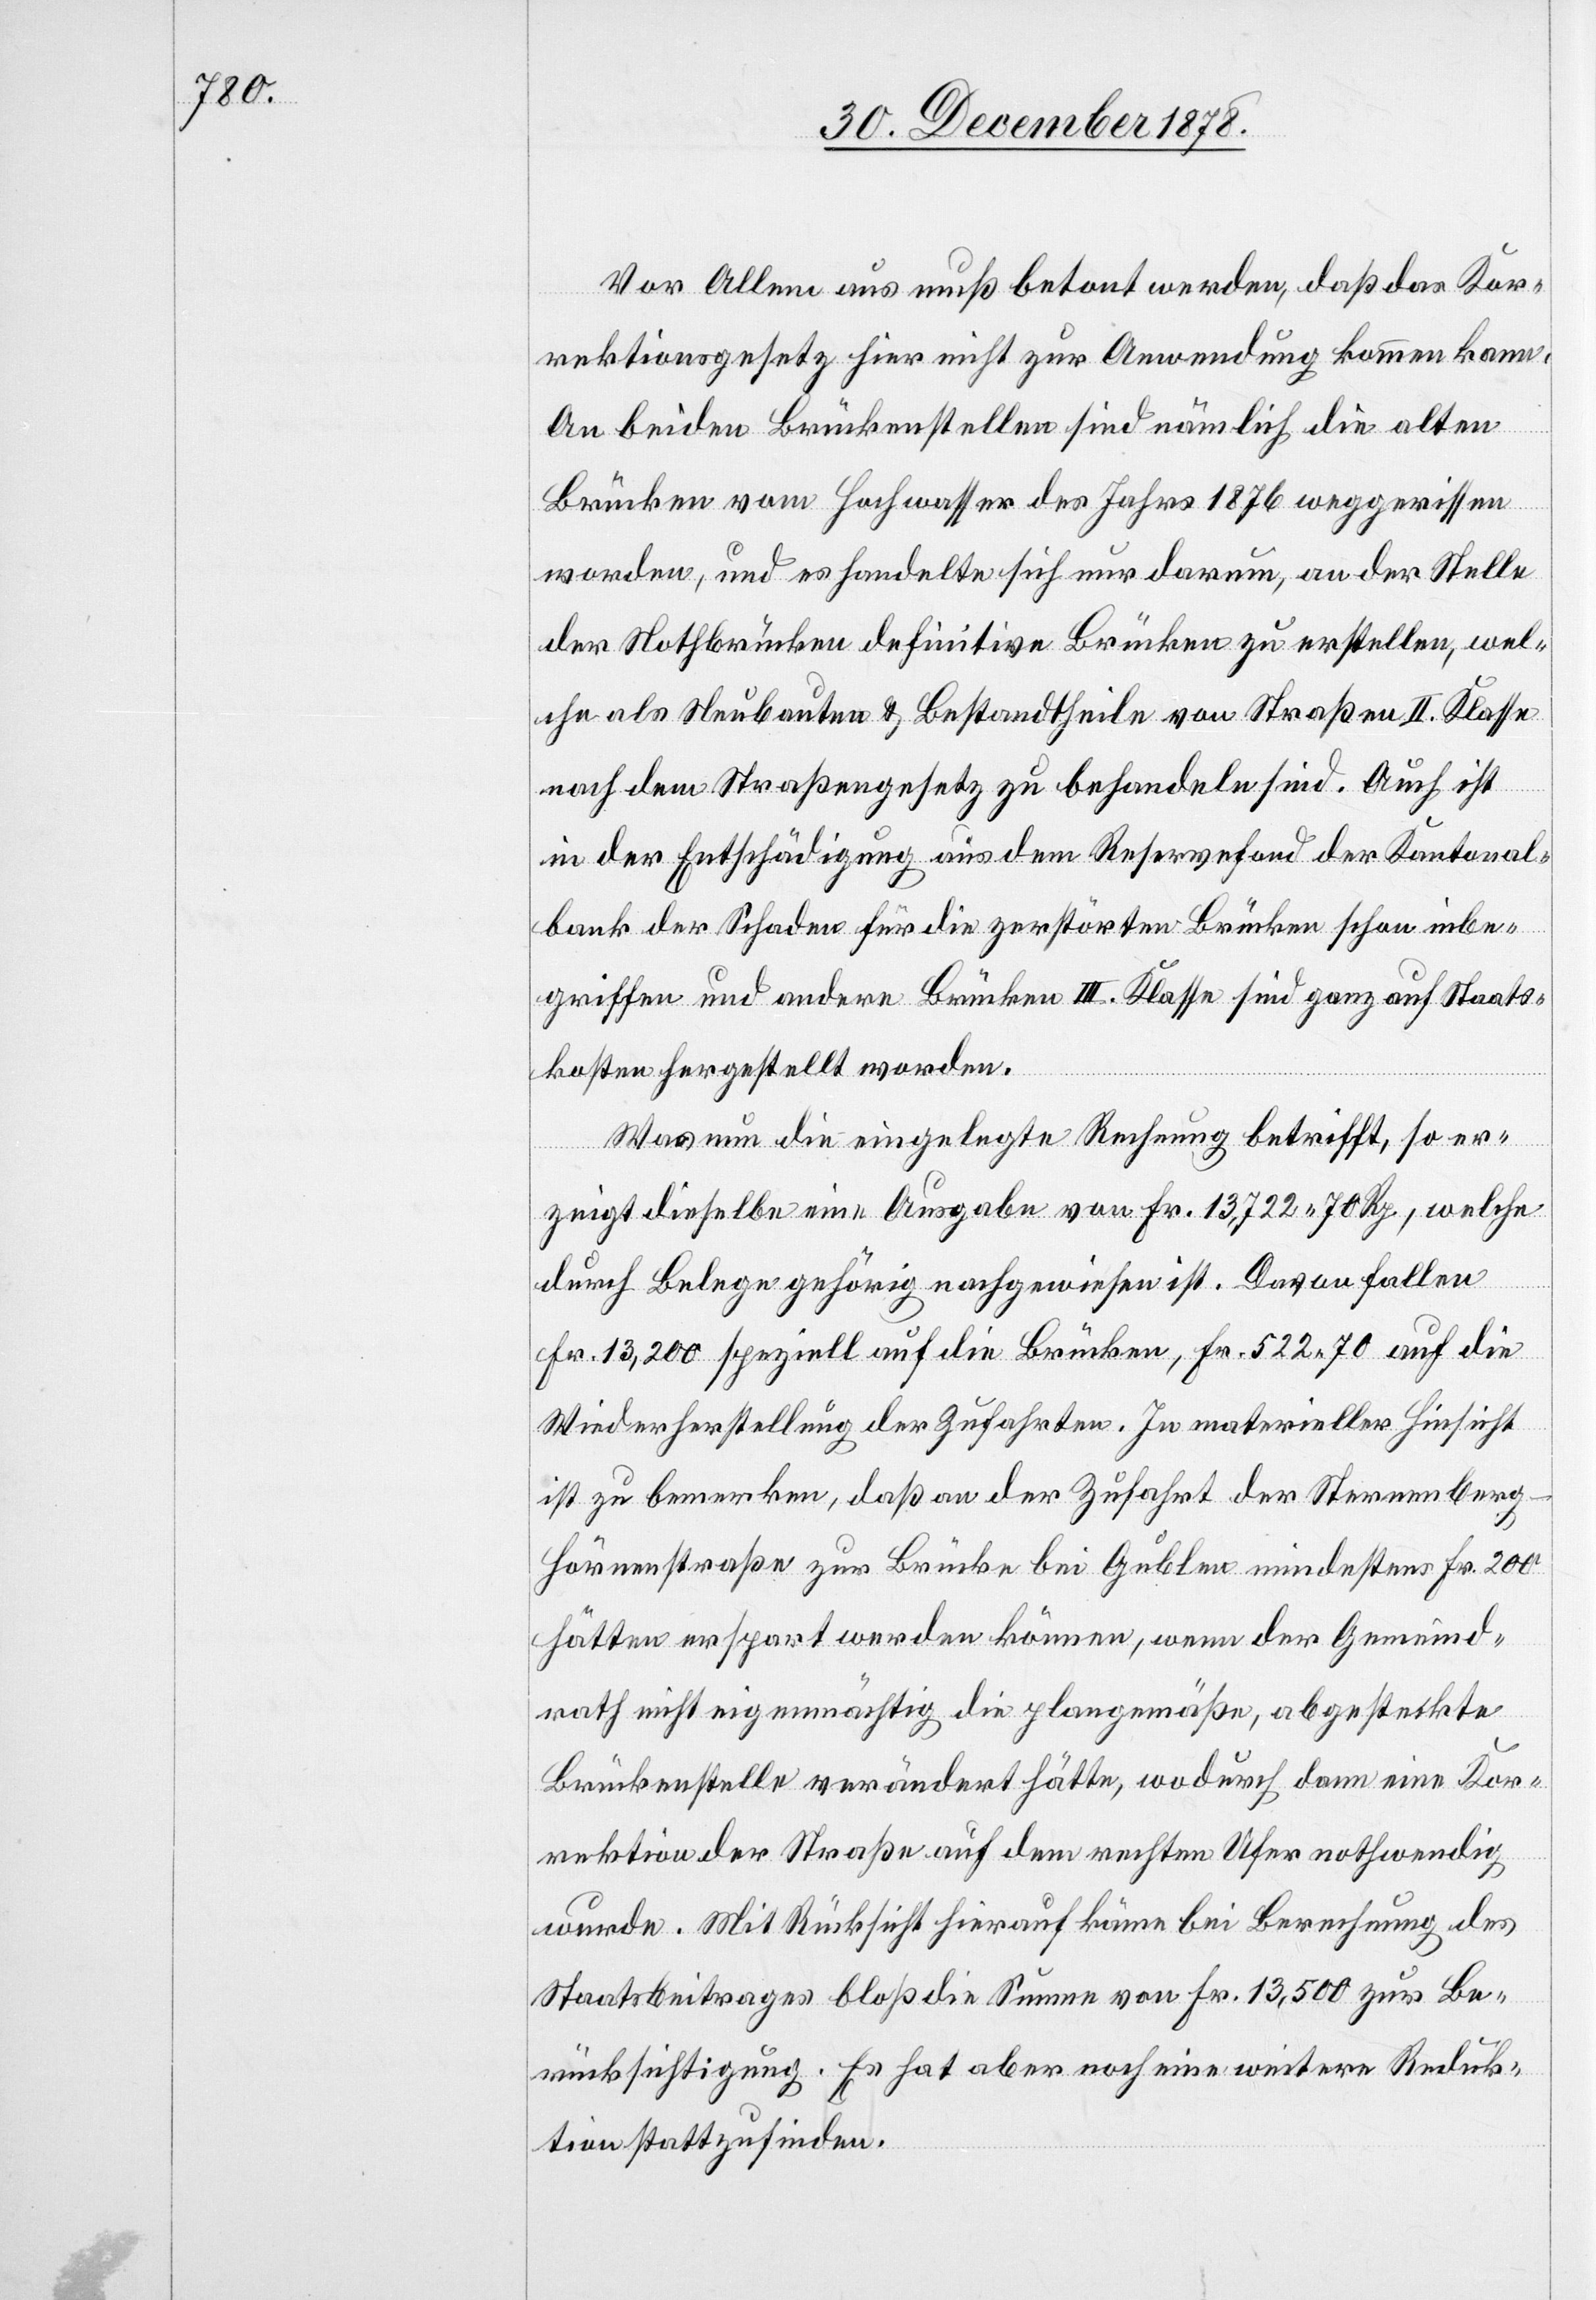
Vor Allem aus muß betont werden, daß das Kor¬
rektionsgesetz hier nicht zur Anwendung kommen kann.
An beiden Brückenstellen sind nämlich die alten
Brücken vom Hochwasser des Jahres 1876 weggerissen
worden, und es handelte sich nur darum, an der Stelle
der Nothbrücken definitive Brücken zu erstellen, wel¬
che als Neubauten & Bestandtheile von Straßen II. Klasse
nach dem Straßengesetz zu behandeln sind. Auch ist
in der Entschädigung aus dem Reservefond der Kantonal¬
bank der Schaden für die zerstörten Brücken schon inbe¬
griffen und andere Brücken III. Klasse sind ganz auf Staats¬
kosten hergestellt worden.
Was nun die eingelegte Rechnung betrifft, so er¬
zeigt dieselbe eine Ausgabe von Fr. 13,722 70 Rp., welche
durch Belege gehörig nachgewiesen ist. Davon fallen
Fr. 13,200 speziell auf die Brücken, Fr. 522 70 auf die
Wiederherstellung der Zufahrten. In materieller Hinsicht
ist zu bemerken, daß an der Zufahrt der Sternenber¬
g-Hörnenstraße zur Brücke bei Gublen mindestens Fr. 200
hätten erspart werden können, wenn der Gemeind¬
rath nicht eigenmächtig die plangemäße, abgesteckte
Brückenstelle verändert hätte, wodurch dann eine Kor¬
rektion der Straße auf dem rechten Ufer nothwendig
wurde. Mit Rücksicht hierauf könne bei Berechnung des
Staatsbeitrages bloß die Summe von Fr. 13,500 zur Be¬
rücksichtigung. Es hat aber noch eine weitere Reduk¬
tion stattzufinden.